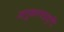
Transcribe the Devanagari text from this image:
अनुकरणप्रवृत्ति